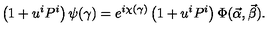
\left( 1 + u ^ { i } P ^ { i } \right) \psi ( \gamma ) = e ^ { i \chi ( \gamma ) } \left( 1 + u ^ { i } P ^ { i } \right) \Phi ( \vec { \alpha } , \vec { \beta } ) .